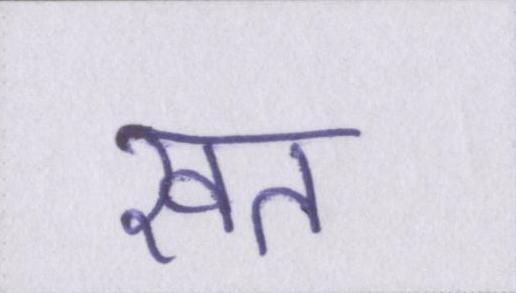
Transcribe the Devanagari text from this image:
खत